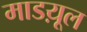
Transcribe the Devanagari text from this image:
माडय़ूल